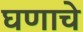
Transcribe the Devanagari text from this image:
घणाचे